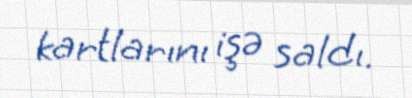
kartlarını işə saldı.